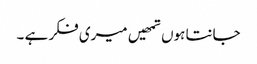
جانتا ہوں تمھیں میری فکر ہے ۔